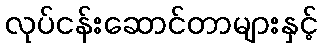
လုပ်ငန်းဆောင်တာများနှင့်